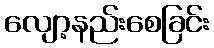
လျော့နည်းစေခြင်း